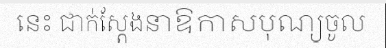
នេះ ជាក់ស្តែងនាឱកាសបុណ្យចូល